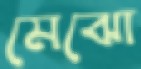
মেঝো